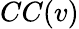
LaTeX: CC(v)